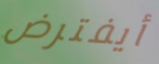
أيفترض